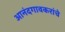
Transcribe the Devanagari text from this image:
आनंदगावकरांचे